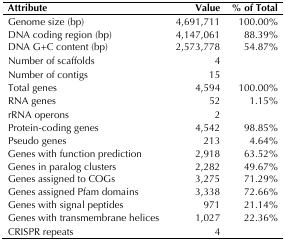
<table><thead><tr><td><b>Attribute</b></td><td><b>Value</b></td><td><b>% of Total</b></td></tr></thead><tbody><tr><td>Genome size (bp)</td><td>4,691,711</td><td>100.00%</td></tr><tr><td>DNA coding region (bp)</td><td>4,147,061</td><td>88.39%</td></tr><tr><td>DNA G+C content (bp)</td><td>2,573,778</td><td>54.87%</td></tr><tr><td>Number of scaffolds</td><td>4</td><td></td></tr><tr><td>Number of contigs</td><td>15</td><td></td></tr><tr><td>Total genes</td><td>4,594</td><td>100.00%</td></tr><tr><td>RNA genes</td><td>52</td><td>1.15%</td></tr><tr><td>rRNA operons</td><td>2</td><td></td></tr><tr><td>Protein-coding genes</td><td>4,542</td><td>98.85%</td></tr><tr><td>Pseudo genes</td><td>213</td><td>4.64%</td></tr><tr><td>Genes with function prediction</td><td>2,918</td><td>63.52%</td></tr><tr><td>Genes in paralog clusters</td><td>2,282</td><td>49.67%</td></tr><tr><td>Genes assigned to COGs</td><td>3,275</td><td>71.29%</td></tr><tr><td>Genes assigned Pfam domains</td><td>3,338</td><td>72.66%</td></tr><tr><td>Genes with signal peptides</td><td>971</td><td>21.14%</td></tr><tr><td>Genes with transmembrane helices</td><td>1,027</td><td>22.36%</td></tr><tr><td>CRISPR repeats</td><td>4</td><td></td></tr></tbody></table>